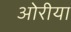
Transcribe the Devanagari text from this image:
ओरीया